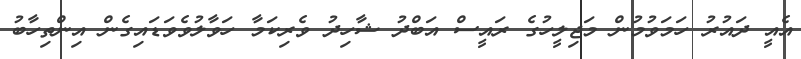
އެއީ ދައުރު ހަމަވުމުން މަޖިލީހުގެ ރައީސް އަބްދު ޝާހިދު ވެރިކަމާ ހަވާލުވެވަޑައިގެން އިންތިހާބު